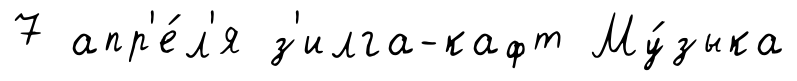
7 апр'е́л'я з'илга-кафт Му́зыка